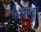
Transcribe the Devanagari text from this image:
कैलेण्दर